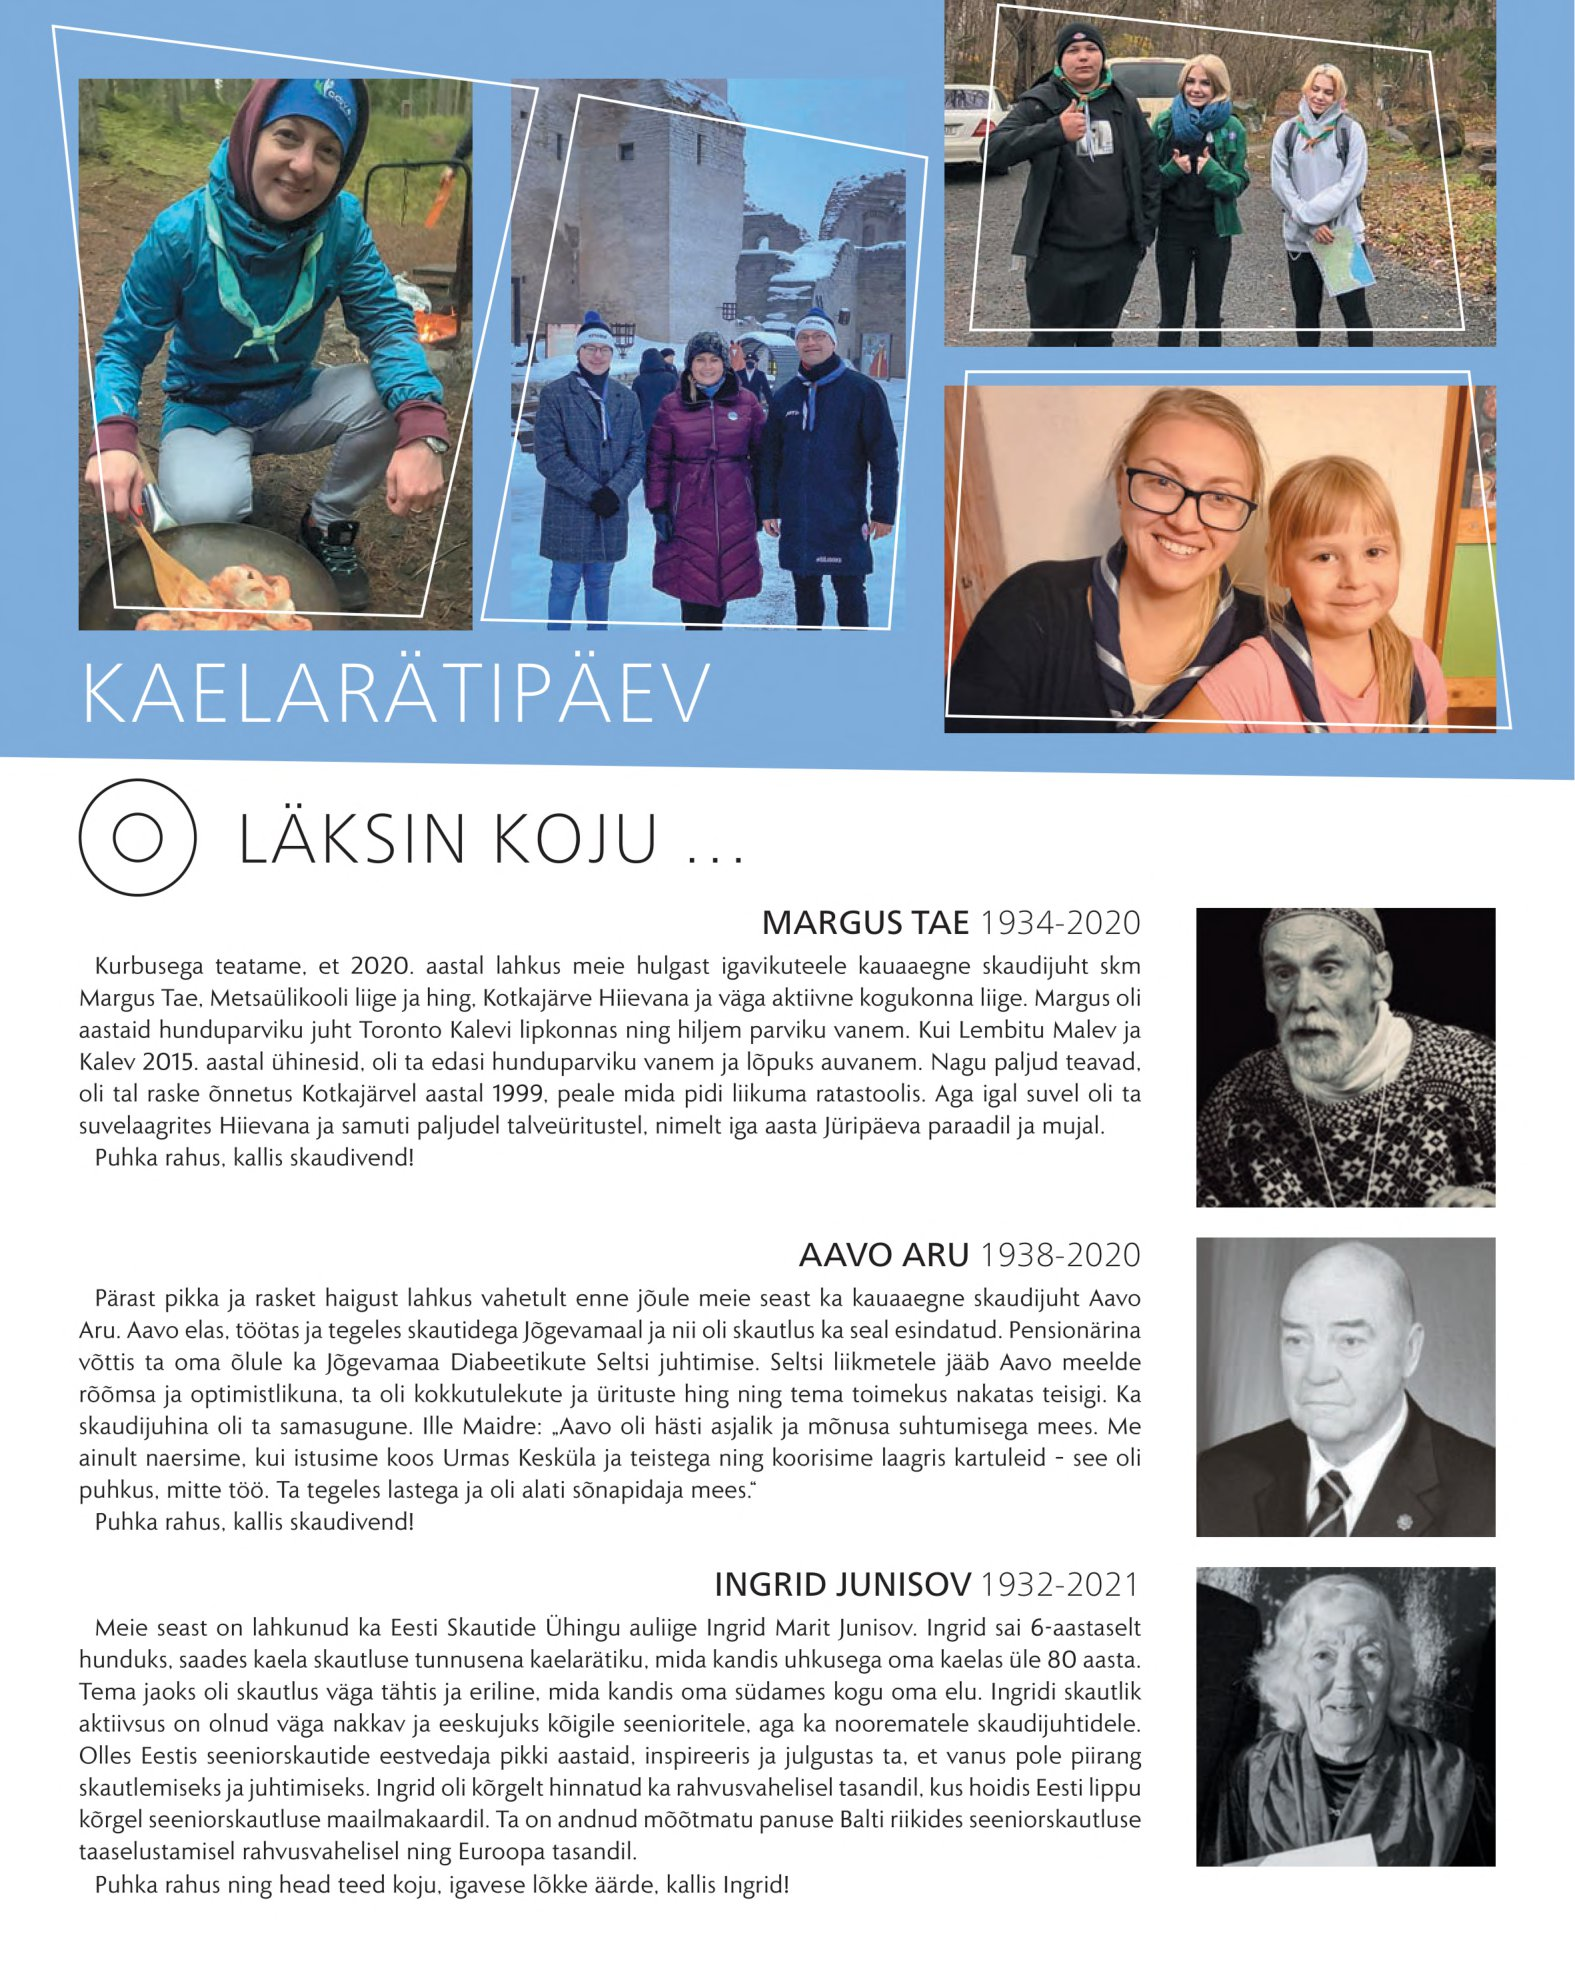
Language: et